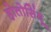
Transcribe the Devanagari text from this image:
होतोसिंधू